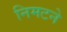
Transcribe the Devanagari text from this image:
निमटने